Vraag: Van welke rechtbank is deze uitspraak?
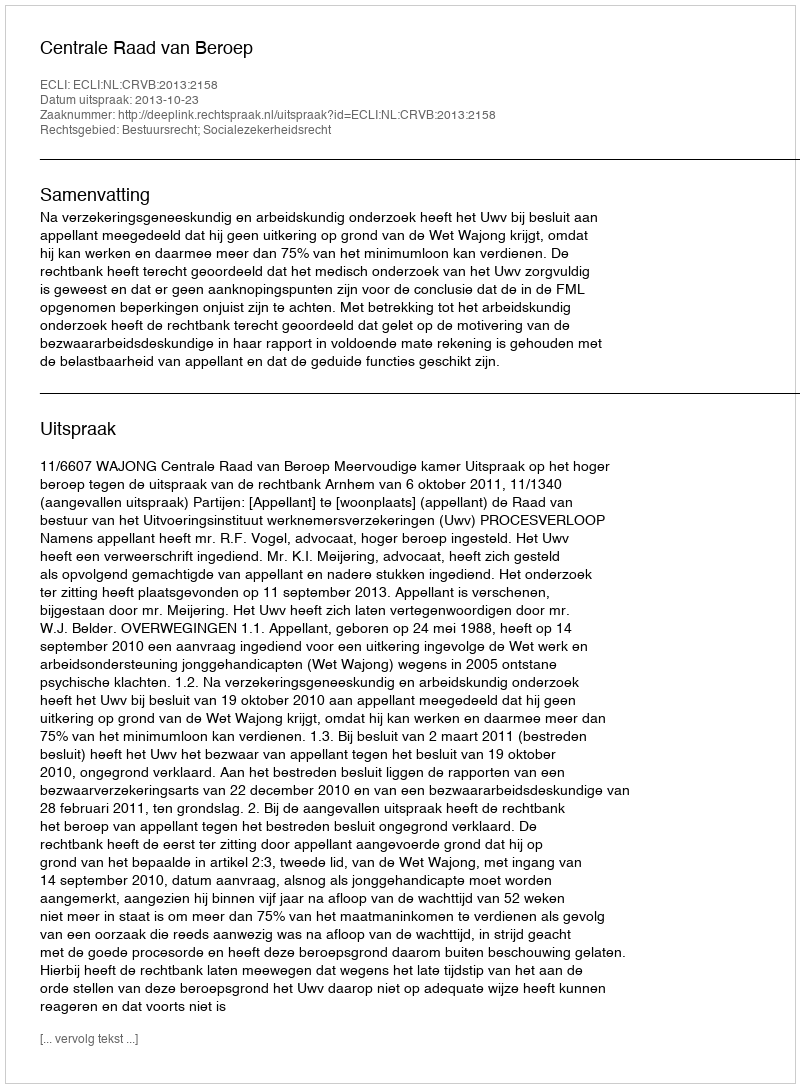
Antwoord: Centrale Raad van Beroep